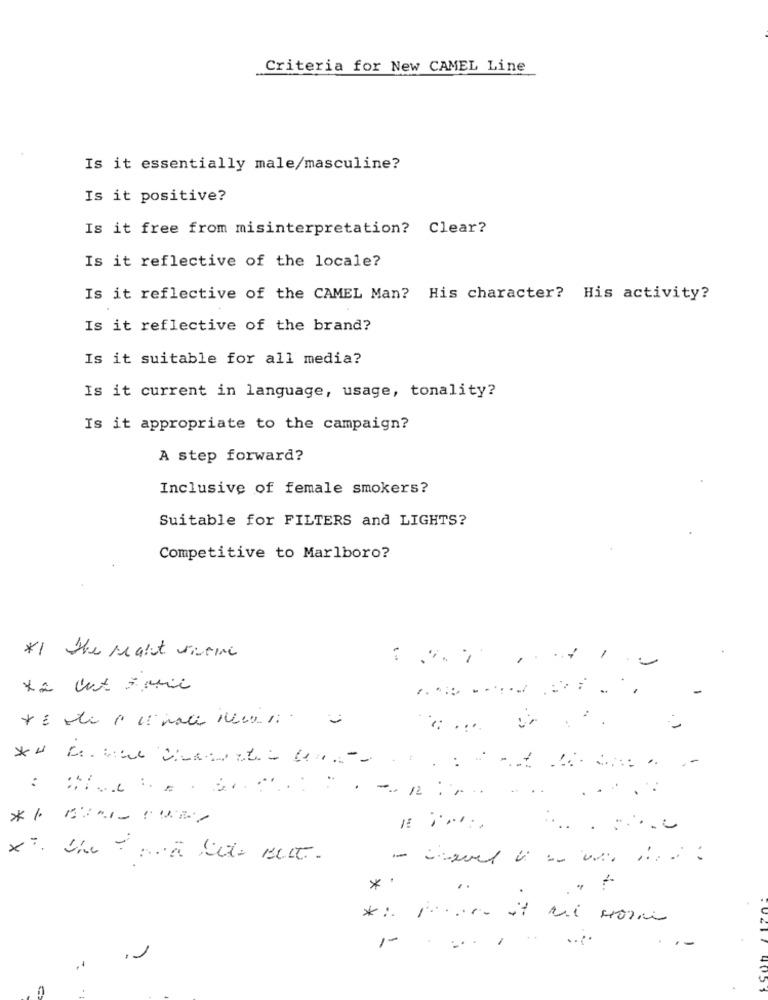
Criteria for New CAMEL Line
Is it essentially male/masculine?
Is it positive?
Is it free from misinterpretation? Clear?
Is it reflective of the locale?
Is it reflective of the CAMEL Man? His character? His activity?
Is it reflective of the brand?
Is it suitable for all media?
Is it current in language, usage, tonality?
Is it appropriate to the campaign?
A step forward?
Inclusive of female smokers?
Suitable for FILTERS and LIGHTS?
Competitive to Marlboro?
*1 the realt viserne
..
.....
*'
..
1-